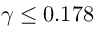
\gamma \le 0 . 1 7 8